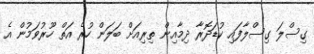
ގިސްލަ ގިސްލާފައި ކުޑަދޮރާ ދިމާއިން ތިރިއަށް ބަލަން ހުރެ އަތް ހޫރުވަމުން އެ